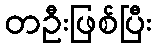
တဦးဖြစ်ပြီး